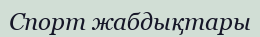
Спорт жабдықтары